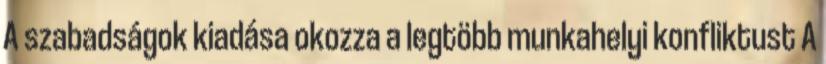
A szabadságok kiadása okozza a legtöbb munkahelyi konfliktust A